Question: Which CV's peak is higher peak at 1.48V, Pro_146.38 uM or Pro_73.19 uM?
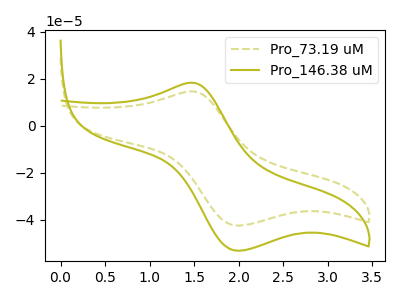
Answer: <think>The olive dashed curve "Pro_73.19 uM" has an anodic peak at (1.50V, 14.60uA) and a cathodic peak at (2.00V, -42.40uA). The olive curve "Pro_146.38 uM" has an anodic peak at (1.50V, 18.25uA) and a cathodic peak at (2.00V, -53.10uA).</think>
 <answer>The peak at 1.48V is higher in "Pro_146.38 uM" than in "Pro_73.19 uM".</answer>
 <eval>higher</eval>